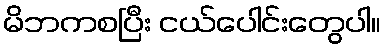
မိဘကစပြီး ငယ်ပေါင်းတွေပါ။